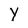
Character: Y